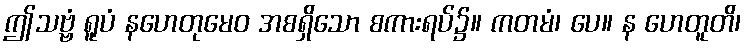
ဤသဗ္ဗံ ရူပံ နဟေတုမေဝ အစရှိသော စကားရပ်၌။ ကတမံ၊ ပေ။ န ဟေတူတိ၊